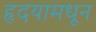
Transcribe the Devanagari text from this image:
हृदयामधून